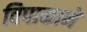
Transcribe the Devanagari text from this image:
विपाकाने